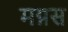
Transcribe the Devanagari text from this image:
मग्नस